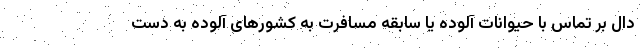
دال بر تماس با حیوانات آلوده یا سابقه مسافرت به کشورهای آلوده به دست